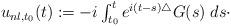
LaTeX: \begin{align*}\begin{array}{l}u_{nl,t_0}(t) := - i \int_{t_0}^{t} e^{i(t-s) \triangle} G(s) \; ds \cdot\end{array}\end{align*}